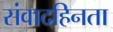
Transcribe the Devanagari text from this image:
संवादहिनता